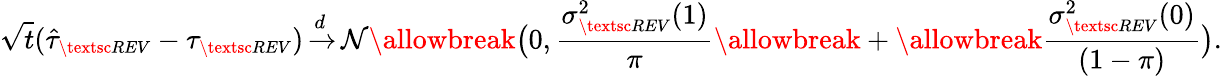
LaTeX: \sqrt{t}(\hat{\tau}_{\small\textsc{{REV}}}-\tau_{\small\textsc{{REV}}}){\, \overset{{\, d\, \, }}{\rightarrow}\, }{\mathcal{N}}\allowbreak\big(0,\frac{\sigma_{\small\textsc{{REV}}}^{2}(1)}{\pi}\allowbreak+\allowbreak\frac{\sigma_{\small\textsc{{REV}}}^{2}(0)}{(1-\pi)}\big).